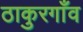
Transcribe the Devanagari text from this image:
ठाकुरगाँव